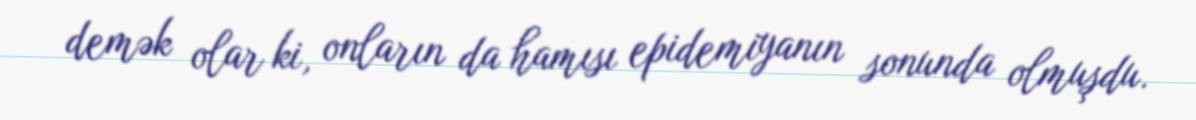
demək olar ki, onların da hamısı epidemiyanın sonunda olmuşdu.